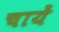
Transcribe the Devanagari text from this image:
चायें